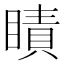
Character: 瞔